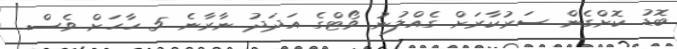
ބޮޑު ކޮށްގެން ސަރުކާރަށް ގެއްލުނު ވޯޓްގެ އަދަދު ނާރާނެ 5 ހާހަށް ވެސް.